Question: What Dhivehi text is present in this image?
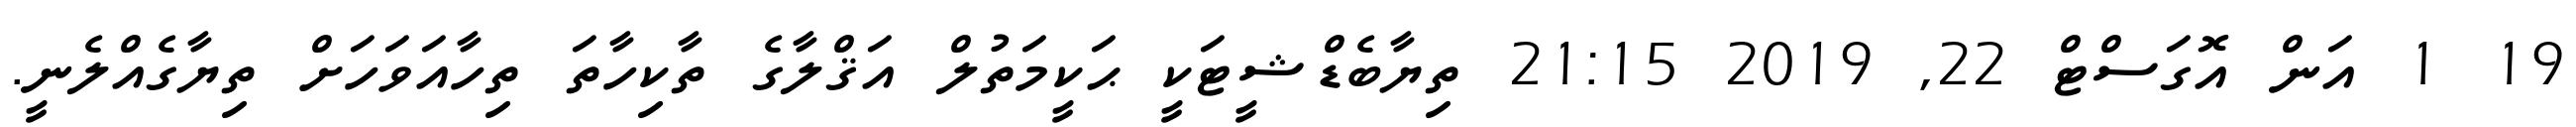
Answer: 19 1 އަން އޮގަސްޓް 22, 2019 21:15 ތިޔާބެޑްޝީޓަކީ ޙަކީމަތުލް އަޤްލާގެ ތާކިހާތަ ތިހާއަވަހަށް ތިޔާގެއްލެނީ.